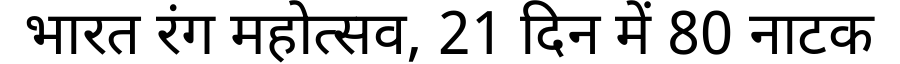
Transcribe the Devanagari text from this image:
भारत रंग महोत्सव, 21 दिन में 80 नाटक